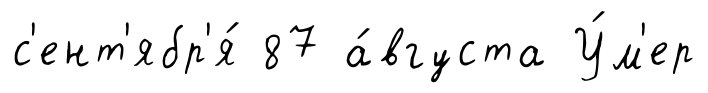
с'ент'ябр'я́ 87 а́вгуста У́м'ер